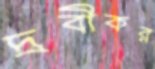
দ্রবীকর